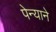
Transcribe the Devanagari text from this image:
पेन्याने